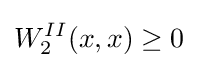
W_{2}^{II}(x,x)\geq 0